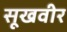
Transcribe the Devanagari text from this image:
सूखवीर